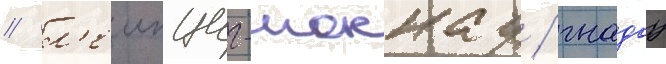
/ л'еипциг-моккау / гнадау